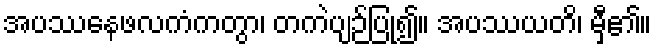
အပဿေနဖလကံကတွာ၊ တကဲပျဉ်ပြု၍။ အပဿယတိ၊ မှီ၏။